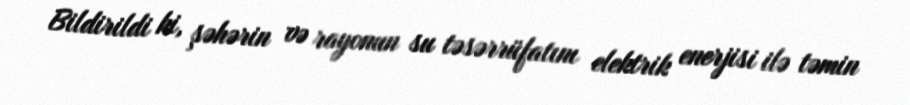
Bildirildi ki, şəhərin və rayonun su təsərrüfatını elektrik enerjisi ilə təmin